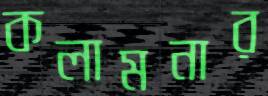
কলামনার